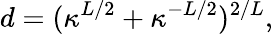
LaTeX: d=(\kappa^{L/2}+\kappa^{-L/2})^{2/L},